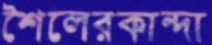
শৈলেরকান্দা